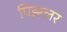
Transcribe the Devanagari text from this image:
प्रिझलर